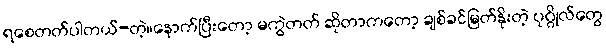
ရစေတတ်ပါတယ်-တဲ့။နောက်ပြီးတော့ မကွဲတတ် ဆိုတာကတော့ ချစ်ခင်မြတ်နိုးတဲ့ ပုဂ္ဂိုလ်တွေ